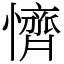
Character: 懠